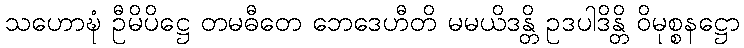
သဟောဍ္ဎံ ဦမိပိဋ္ဌေ တမဓီတေ ဘေဒေဟီတိ မမယိဒန္တိ ဥဒပါဒိန္တိ ဝိမုစ္စနဋ္ဌော